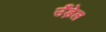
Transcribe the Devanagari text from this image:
उँड़ेल